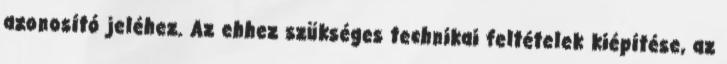
azonosító jeléhez. Az ehhez szükséges technikai feltételek kiépítése, az